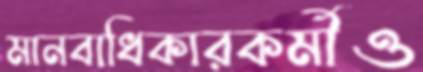
মানবাধিকারকর্মীও